Materia medica of Madras volume I
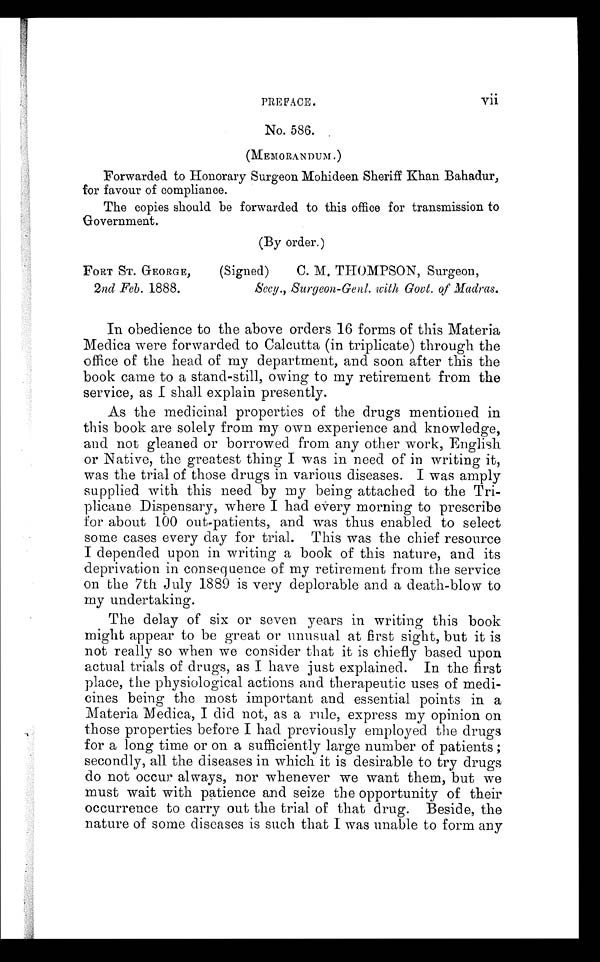
PREFACE.
vii
No. 586.
(MEMORANDUM.)
Forwarded to Honorary Surgeon Mohideen Sheriff Khan Bahadur,
for favour of compliance.
The copies should be forwarded to this office for transmission to
Government.
(By order.)
FORT ST. GEORGE,
2nd Feb. 1888.
(Signed)
C. M. THOMPSON, Surgeon,
Secy., Surgeon-Genl. with, Govt. of Madras.
In obedience to the above orders 16 forms of this Materia
Medica were forwarded to Calcutta (in triplicate) through the
office of the head of my department, and soon after this the
book came to a stand-still, owing to my retirement from the
service, as I shall explain presently.
As the medicinal properties of the drugs mentioned in
this book are solely from my own experience and knowledge,
and not gleaned or borrowed from any other work, English
or Native, the greatest thing I was in need of in writing it,
was the trial of those drugs in various diseases. I was amply
supplied with this need by my being attached to the Tri-
plicane Dispensary, where I had every morning to prescribe
for about 100 out-patients, and was thus enabled to select
some cases every day for trial. This was the chief resource
I depended upon in writing a book of this nature, and its
deprivation in consequence of my retirement from the service
on the 7th July 1889 is very deplorable and a death-blow to
my undertaking.
The delay of six or seven years in writing this book
might appear to be great or unusual at first sight, but it is
not really so when we consider that it is chiefly based upon
actual trials of drugs, as I have just explained. In the first
place, the physiological actions and therapeutic uses of medi-
cines being the most important and essential points in a
Materia Medica, I did not, as a rule, express my opinion on
those properties before I had previously employed the drugs
for a long time or on a sufficiently large number of patients ;
secondly, all the diseases in which it is desirable to try drugs
do not occur always, nor whenever we want them, but we
must wait with patience and seize the opportunity of their
occurrence to carry out the trial of that drug. Beside, the
nature of some diseases is such that I was unable to form any